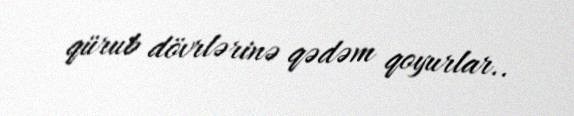
qürub dövrlərinə qədəm qoyurlar..